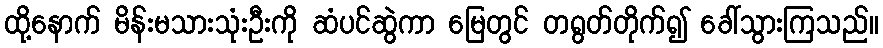
ထို့နောက် မိန်းမသားသုံးဦးကို ဆံပင်ဆွဲကာ မြေတွင် တရွတ်တိုက်၍ ခေါ်သွားကြသည်။